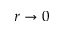
r \rightarrow 0